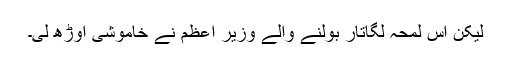
لیکن اس لمحہ لگاتار بولنے والے وزیر اعظم نے خاموشی اوڑھ لی۔